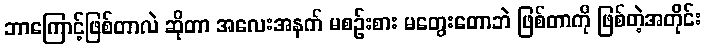
ဘာကြောင့်ဖြစ်တာလဲ ဆိုတာ အလေးအနက် မစဉ်းစား မတွေးတောဘဲ ဖြစ်တာကို ဖြစ်တဲ့အတိုင်း